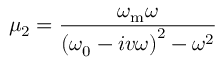
\mu _ { 2 } = \frac { \omega _ { \mathrm { m } } \omega } { \left( \omega _ { \mathrm { 0 } } - i v \omega \right) ^ { 2 } - \omega ^ { 2 } }